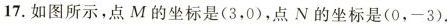
17.如图所示，点M的坐标是(3，0)，点N的坐标是(0，-3)。